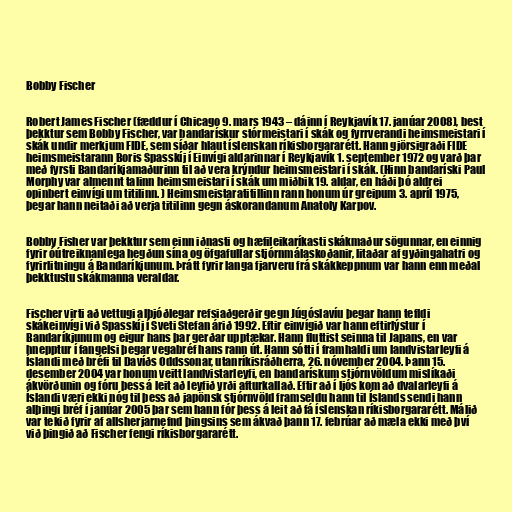
Bobby Fischer

Robert James Fischer (fæddur í Chicago 9. mars 1943 – dáinn í Reykjavík 17. janúar 2008), best
þekktur sem Bobby Fischer, var bandarískur stórmeistari í skák og fyrrverandi heimsmeistari í
skák undir merkjum FIDE, sem síðar hlaut íslenskan ríkisborgararétt. Hann gjörsigraði FIDE
heimsmeistarann Boris Spasskíj í Einvígi aldarinnar í Reykjavík 1. september 1972 og varð þar
með fyrsti Bandaríkjamaðurinn til að vera krýndur heimsmeistari í skák. (Hinn bandaríski Paul
Morphy var almennt talinn heimsmeistari í skák um miðbik 19. aldar, en háði þó aldrei
opinbert einvígi um titilinn. ) Heimsmeistaratitillinn rann honum úr greipum 3. apríl 1975,
þegar hann neitaði að verja titilinn gegn áskorandanum Anatoly Karpov.

Bobby Fisher var þekktur sem einn iðnasti og hæfileikaríkasti skákmaður sögunnar, en einnig
fyrir óútreiknanlega hegðun sína og öfgafullar stjórnmálaskoðanir, litaðar af gyðingahatri og
fyrirlitningu á Bandaríkjunum. Þrátt fyrir langa fjarveru frá skákkeppnum var hann enn meðal
þekktustu skákmanna veraldar.

Fischer virti að vettugi alþjóðlegar refsiaðgerðir gegn Júgóslavíu þegar hann tefldi
skákeinvígi við Spasskíj í Sveti Stefan árið 1992. Eftir einvígið var hann eftirlýstur í
Bandaríkjunum og eigur hans þar gerðar upptækar. Hann fluttist seinna til Japans, en var
hnepptur í fangelsi þegar vegabréf hans rann út. Hann sótti í framhaldi um landvistarleyfi á
Íslandi með bréfi til Davíðs Oddssonar, utanríkisráðherra, 26. nóvember 2004. Þann 15.
desember 2004 var honum veitt landvistarleyfi, en bandarískum stjórnvöldum mislíkaði
ákvörðunin og fóru þess á leit að leyfið yrði afturkallað. Eftir að í ljós kom að dvalarleyfi á
Íslandi væri ekki nóg til þess að japönsk stjórnvöld framseldu hann til Íslands sendi hann
alþingi bréf í janúar 2005 þar sem hann fór þess á leit að fá íslenskan ríkisborgararétt. Málið
var tekið fyrir af allsherjarnefnd þingsins sem ákvað þann 17. febrúar að mæla ekki með því
við þingið að Fischer fengi ríkisborgararétt.